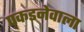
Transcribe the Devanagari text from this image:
पकडनेवाला